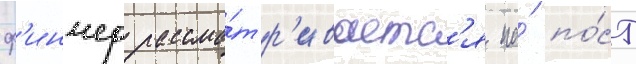
ф'инчер рассма́тр'иваетс'я на́ по́ст